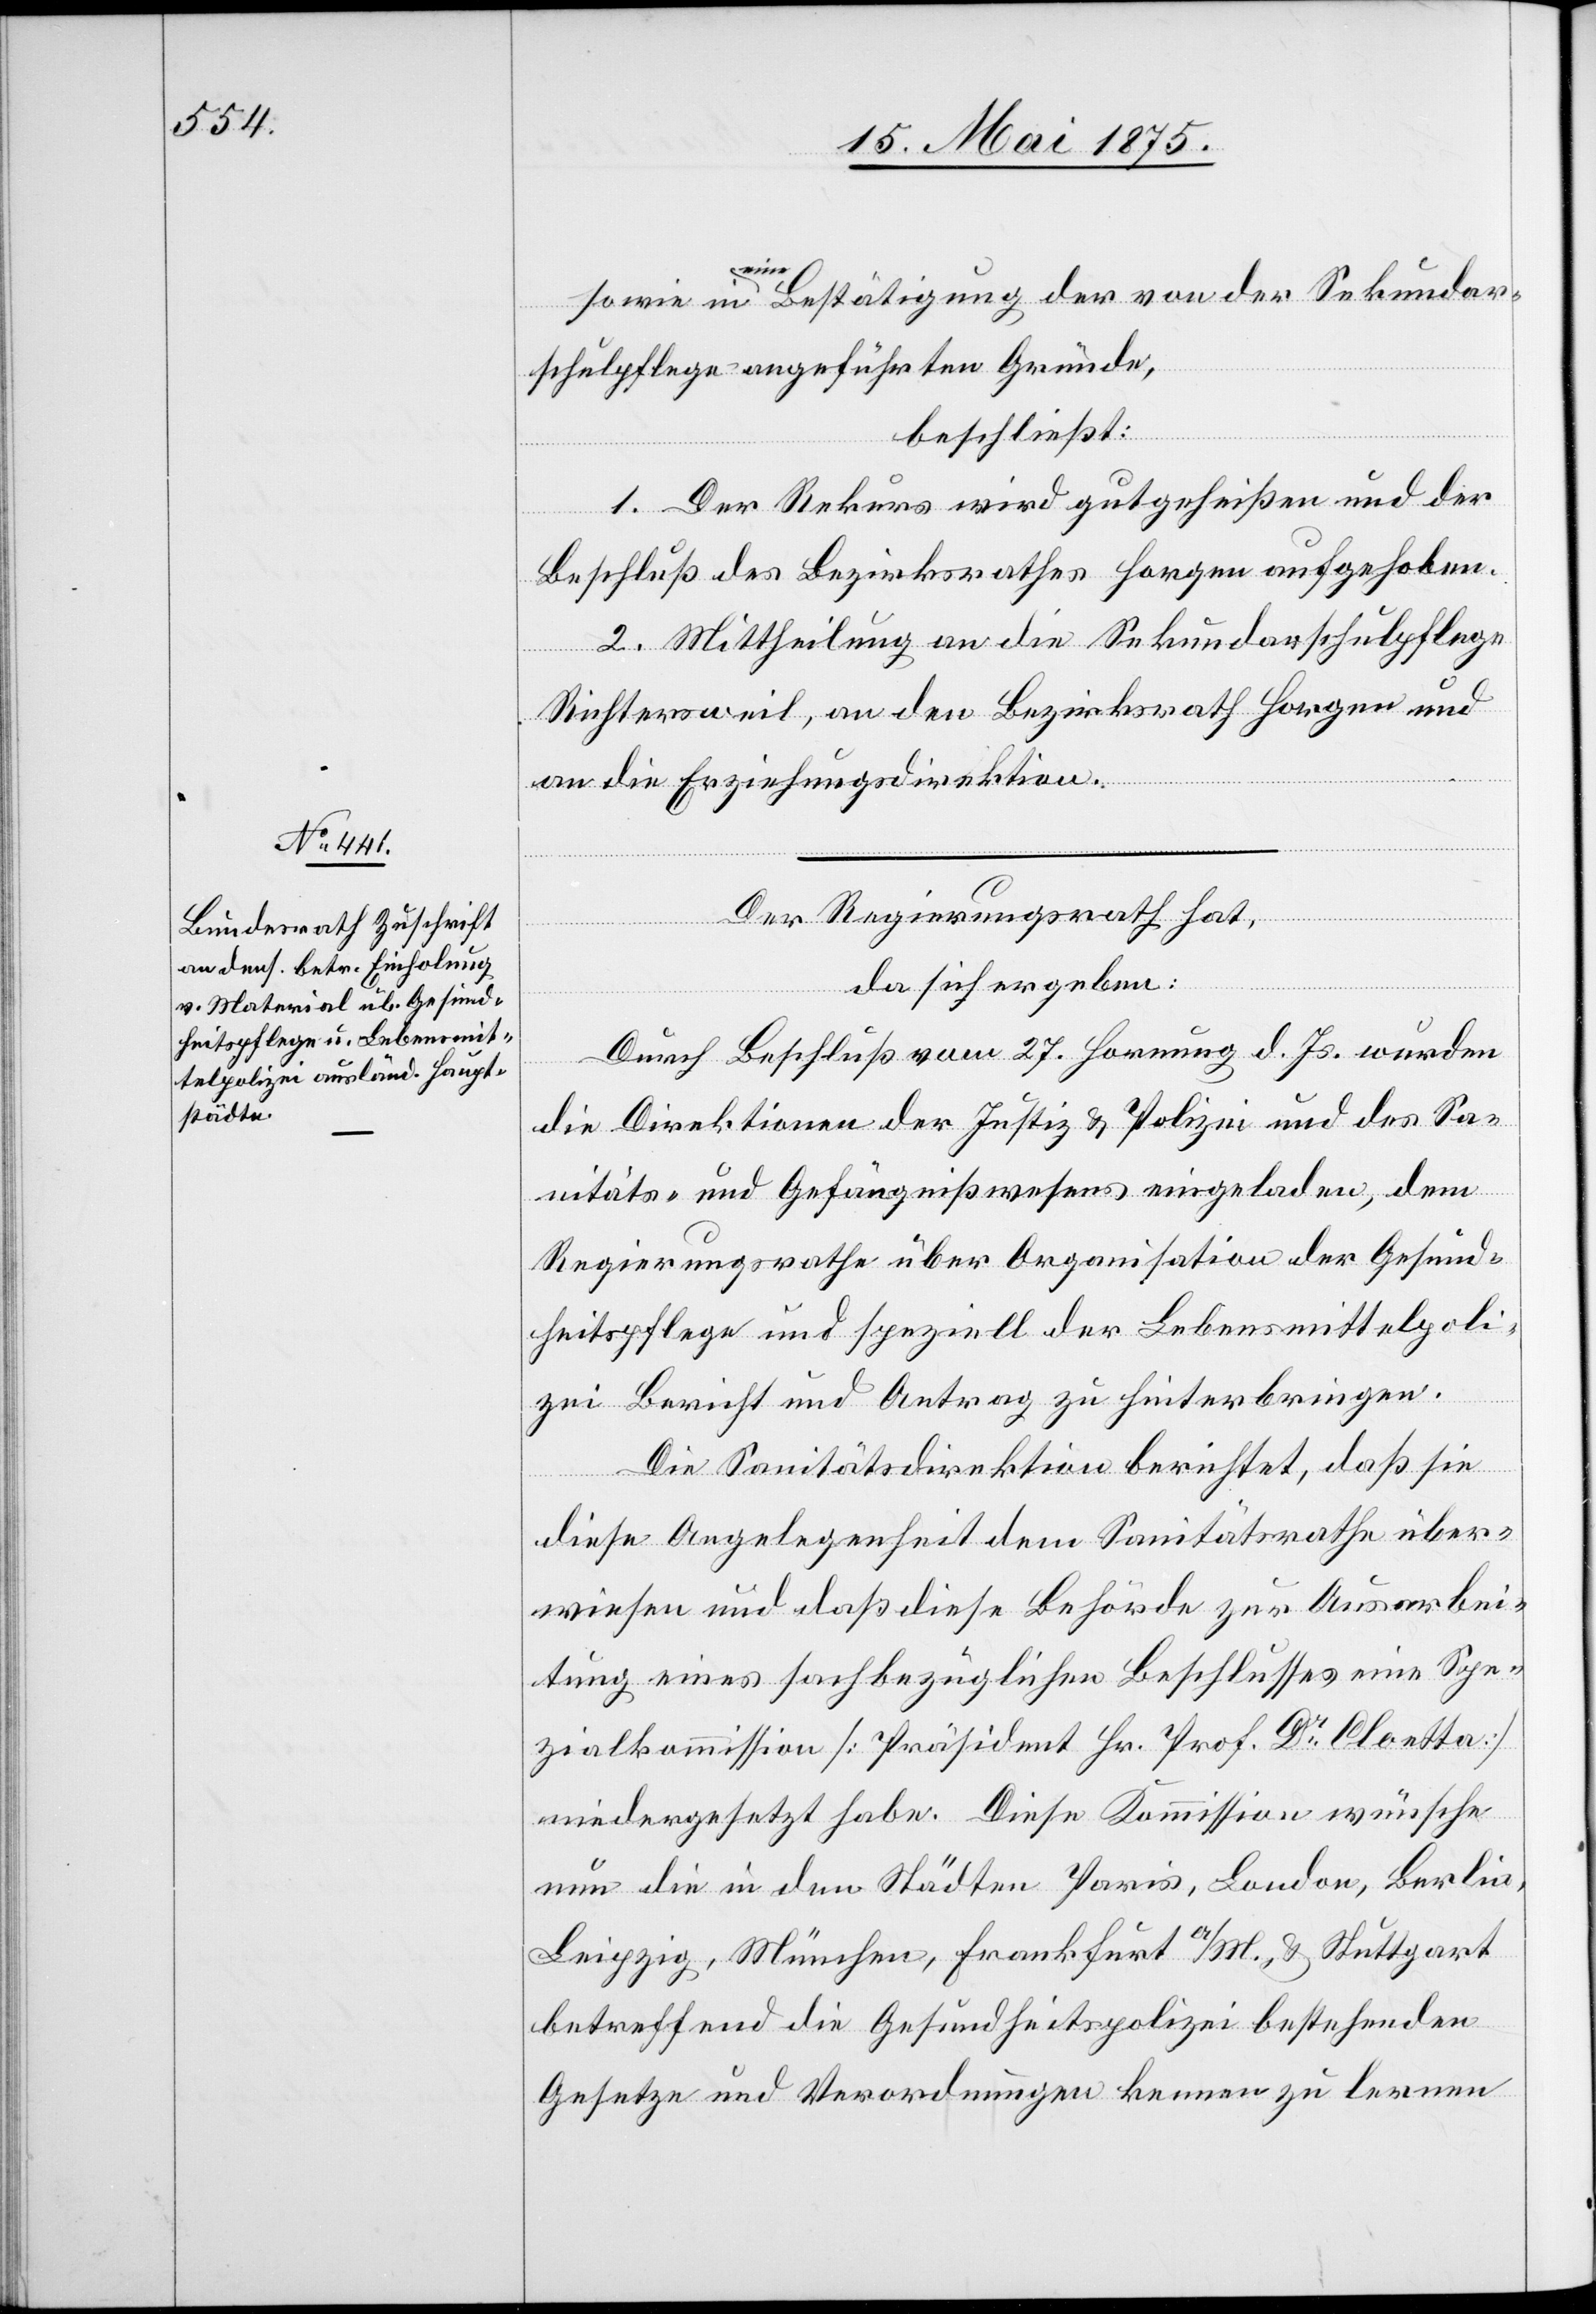
in
eine Bestätigung der von der Sekundar¬
schulpflege angeführten Gründe,
beschließt:
1. Der Rekurs wird gutgeheißen und der
Beschluß des Bezirksrathes Horgen aufgehoben.
2. Mittheilung an die Sekundarschulpflege
Richtersweil, an den Bezirksrath Horgen und
an die Erziehungsdirektion.
Der Regierungsrath hat,
da sich ergeben:
Durch Beschluß vom 27. Hornung d. Js. wurden
die Direktionen der Justiz und Polizei und des Sa¬
nitäts- und Gefängnißwesens eingeladen, dem
Regierungsrathe über Organisation der Gesund¬
heitspflege und speziell der Lebensmittelpoli¬
sowie
zei Bericht und Antrag zu hinterbringen.
Die Sanitätsdirektion berichtet, daß sie
diese Angelegenheit dem Sanitätsrathe über¬
wiesen und daß diese Behörde zur Ausarbei¬
tung eines sachbezüglichen Beschlusses eine Spe¬
zialkommission [Präsiden Hr. Prof Dr. Cloetta]
niedergesetzt habe. Diese Kommission wünsche
nun die in den Städten Paris, London, Berlin,
Leipzig, München, Frankfurt a/M. & Stuttgart
betreffend die Gesundheitspolizei bestehenden
Gesetze und Verordnungen kennen zu lernen